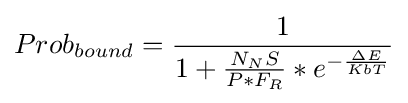
Prob_{bound}={\frac {1}{1+{\frac {N_{N}S}{P*F_{R}}}*{e}^{-{\frac {\Delta E}{KbT}}}}}